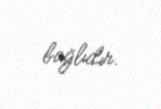
bağlıdır.